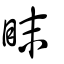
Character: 眜